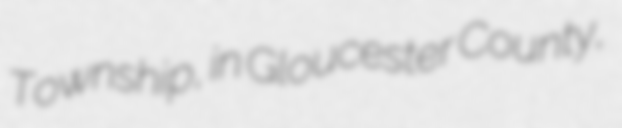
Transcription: Township, in Gloucester County,